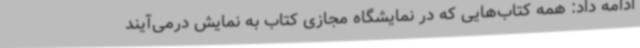
ادامه داد: همه کتاب‌هایی که در نمایشگاه مجازی کتاب به نمایش درمی‌آیند